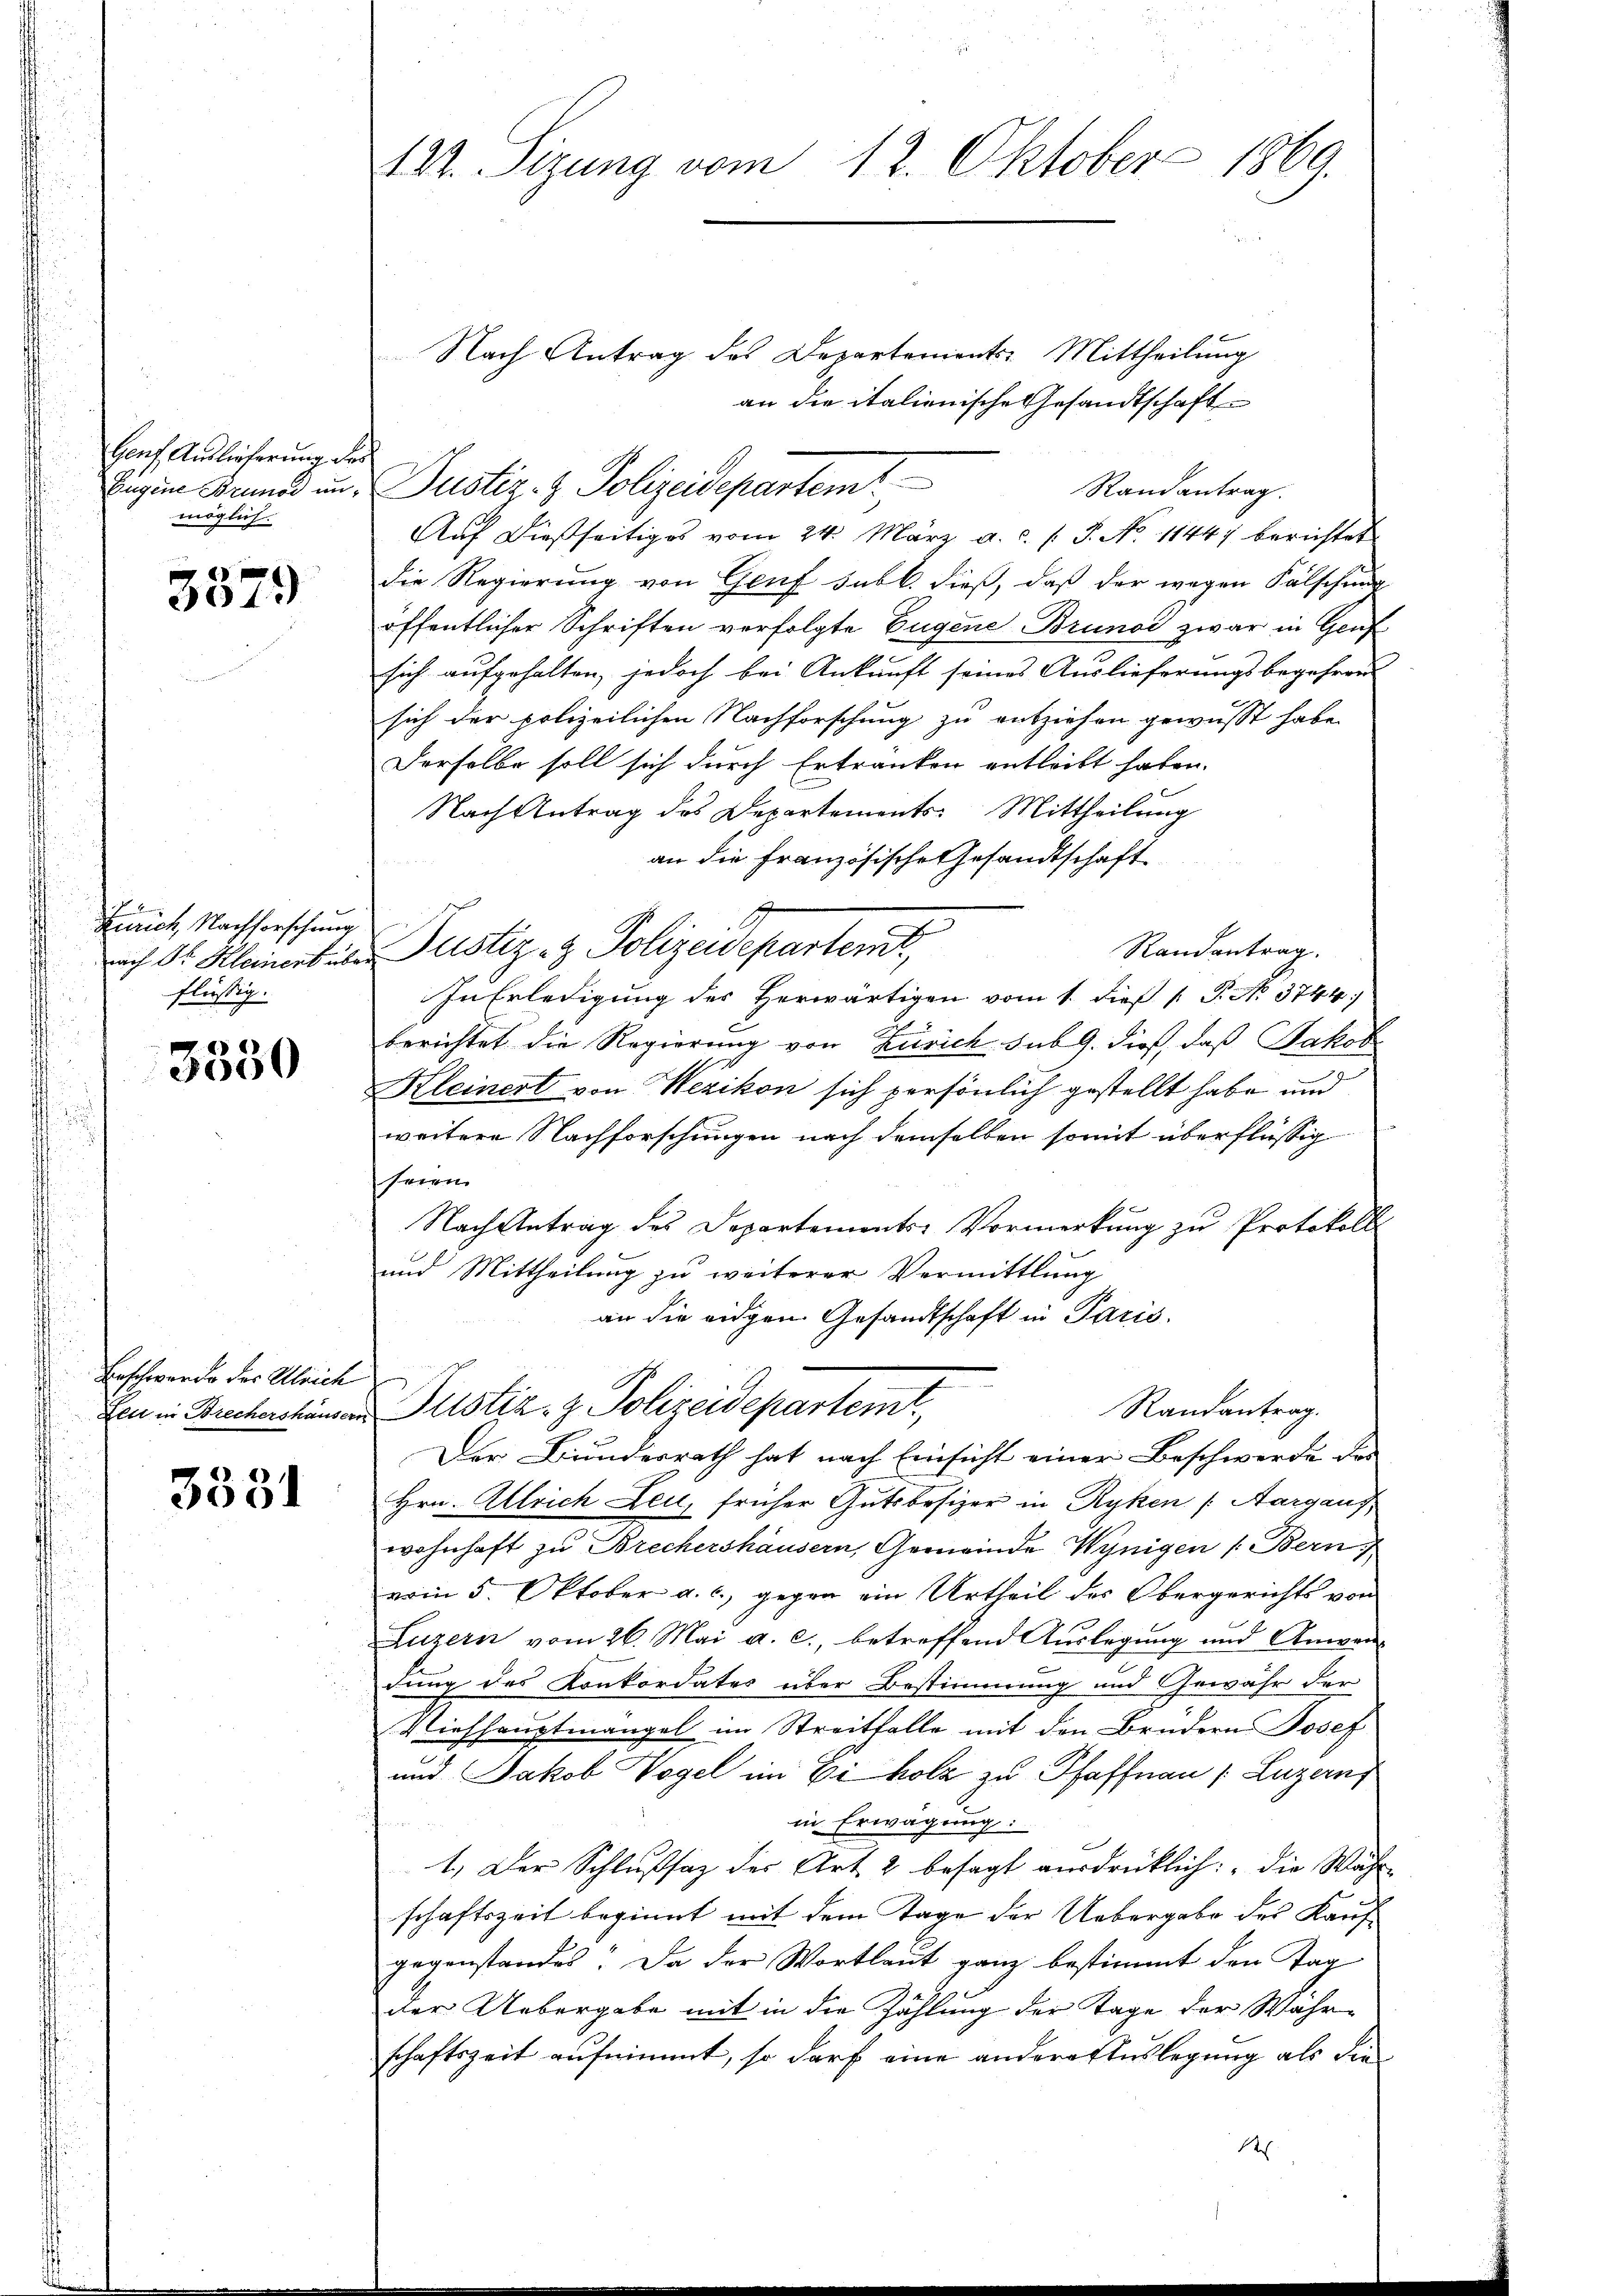
Genf Auslieferung der
Eugene Brunod unmöglich.

2
3079

Zürich, Nachforschung
nach Dr. Kleinent über
flüssig.

¬
3000

Beschwerde der Ulrich
Zeit in Brechershäusern

3331

124. Sizung vom 12. Oktober 1869.

an die italienische Gesandtschaft
Randantrag.
Auf dießseitiges vom 24. März a. c. l. J. No 1144) berichtet
die Regierung von Genf subl. dieß, daß der wegen Fälschun
öffentlicher Schriften verfolgte Eugene Brunoi zwar in Genf
sich aufgehalten, jedoch bei Ankunft seines Auslieferungsbegehren
sich der polizeilichen Nachforschung zu entziehen gewusst habe.
Derselbe soll sich durch Ertranken entleibt haben.
Nach Antrag des Departements-Mittheilung
an die französische Gesandtschaft.
Justiz- & Polizeidepartert,
Randantrag.
In Erledigung des Herwärtigen vom 1. dieß P. No. 3744.
berichtet die Regierung von Zürich sub 9. dieß, daß Jakob
Kleinert von Wezikon sich persönlich gestellt habe und
weitere Nachforschungen nach demselben somit überflüssig
seien.
Nach Antrag des Departements-Vormerkung zu Protokoll
und Mittheilung zu weiterer Vermittlung
an die eidgen Gesandtschaft in Paris.
Justiz- & Polizeidepartem
Randantrag.
Der Bundesrath hat nach Einsicht einer Beschwerde des
Hrn. Allrich Leu, früher Gutsbesizer in Ryken (Aargaus
wohnhaft zu Brechershäusern, Gemeinde Wynigen (Bern,
vom 5. Oktober a. c., gegen ein Urtheil des Obergerichts von
Luzern vom 26. Mai a. c., betreffend Auslegung und Anwen-
dung des Konkordates über Bestimmung und Gewähr der
Niehauptmangel im Streitfalle mit den Brudern Josef
und Jakob Vogel im Ei holz zu Pfaffnau (Luzern
in Erwägung:
s
1.) Der Schlußsaz der Art. 2 besagt ausdrücklich: „Die Währ
schaftszeit beginnt mit dem Tage der Uebergabe des Kauf-
gegenstandes. Da der Wortlaut ganz bestimmt den Tag
der Uebergabe mit in die Zahlung der Tage der Wahrschaftszeit aufnimmt, so darf eine andere Auslegung als dies

Nach Antrag des Departements-Mittheilung
Justiz- & Polizeidepartemt